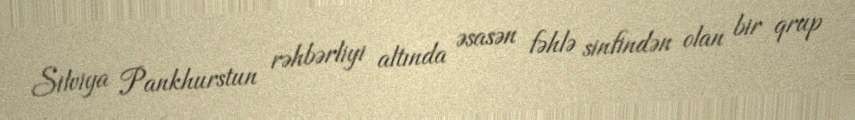
Silviya Pankhurstun rəhbərliyi altında əsasən fəhlə sinfindən olan bir qrup